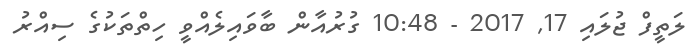
ލަތީފް ޖުލައި 17